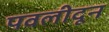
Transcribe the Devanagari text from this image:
पवलीदून